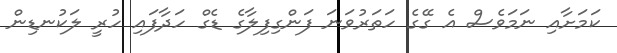
ކަމަށާއި ނަމަވެސް އެ ގޭގެ ހަތަރުވަނަ ފަންގިފިލާގެ ޑެގް ހަދާފައި ހުރީ ލަކުނޑިން